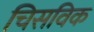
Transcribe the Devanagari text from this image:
चिसविक